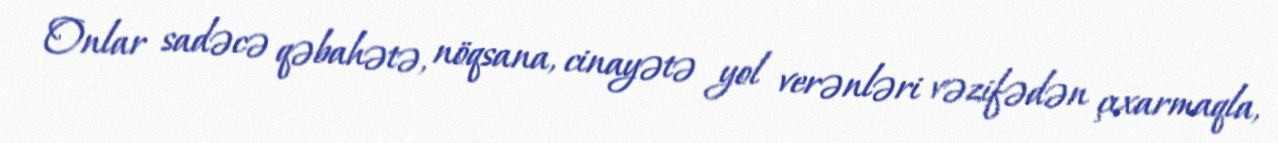
Onlar sadəcə qəbahətə, nöqsana, cinayətə yol verənləri vəzifədən çıxarmaqla,